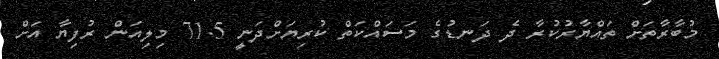
މުބާރާތަށް ތައްޔާރުކުރާ ދެ ދަނޑުގެ މަސައްކަތް ކުރިޔަށްދަނީ 71.5 މިލިއަން ރުފިޔާ އަށް